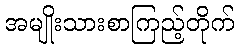
အမျိုးသားစာကြည့်တိုက်